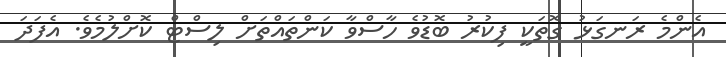
އެންމެ ރަނގަޅު ގޮތަކީ ފިކުރު ބޮޑުވެ ހާސްވާ ކަންތައްތަށް ލިސްޓް ކޮށްލުމެވެ. އެފަދަ